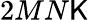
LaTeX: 2MN\mathsf{K}